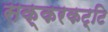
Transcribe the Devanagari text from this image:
सक्करकट्टि